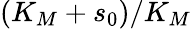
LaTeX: (K_{M}+s_{0})/K_{M}